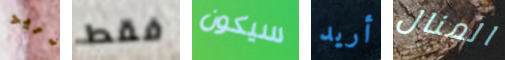
تريد فقط سيكون أريد المنال